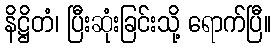
နိဋ္ဌိတံ၊ ပြီးဆုံးခြင်းသို့ ရောက်ပြီ။